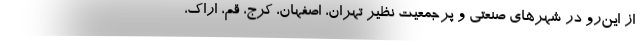
از این‌رو در شهرهای صنعتی و پرجمعیت نظیر تهران، اصفهان، کرج، قم، اراک،